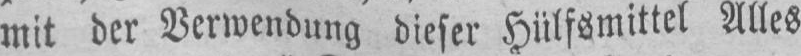
mit der Verwendung dieser Hülfsmittel Alles